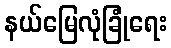
နယ်မြေလုံခြုံရေး